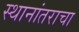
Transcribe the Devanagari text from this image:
स्थानांतराचा